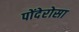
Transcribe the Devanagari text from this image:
पोंदेरोसा